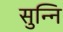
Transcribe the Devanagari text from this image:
सुन्नि